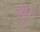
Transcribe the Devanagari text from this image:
हूर्मन